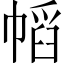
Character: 幍